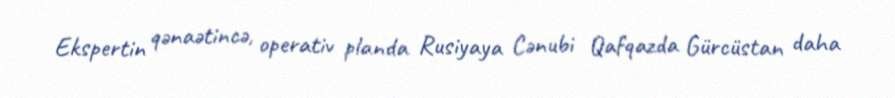
Ekspertin qənaətincə, operativ planda Rusiyaya Cənubi Qafqazda Gürcüstan daha